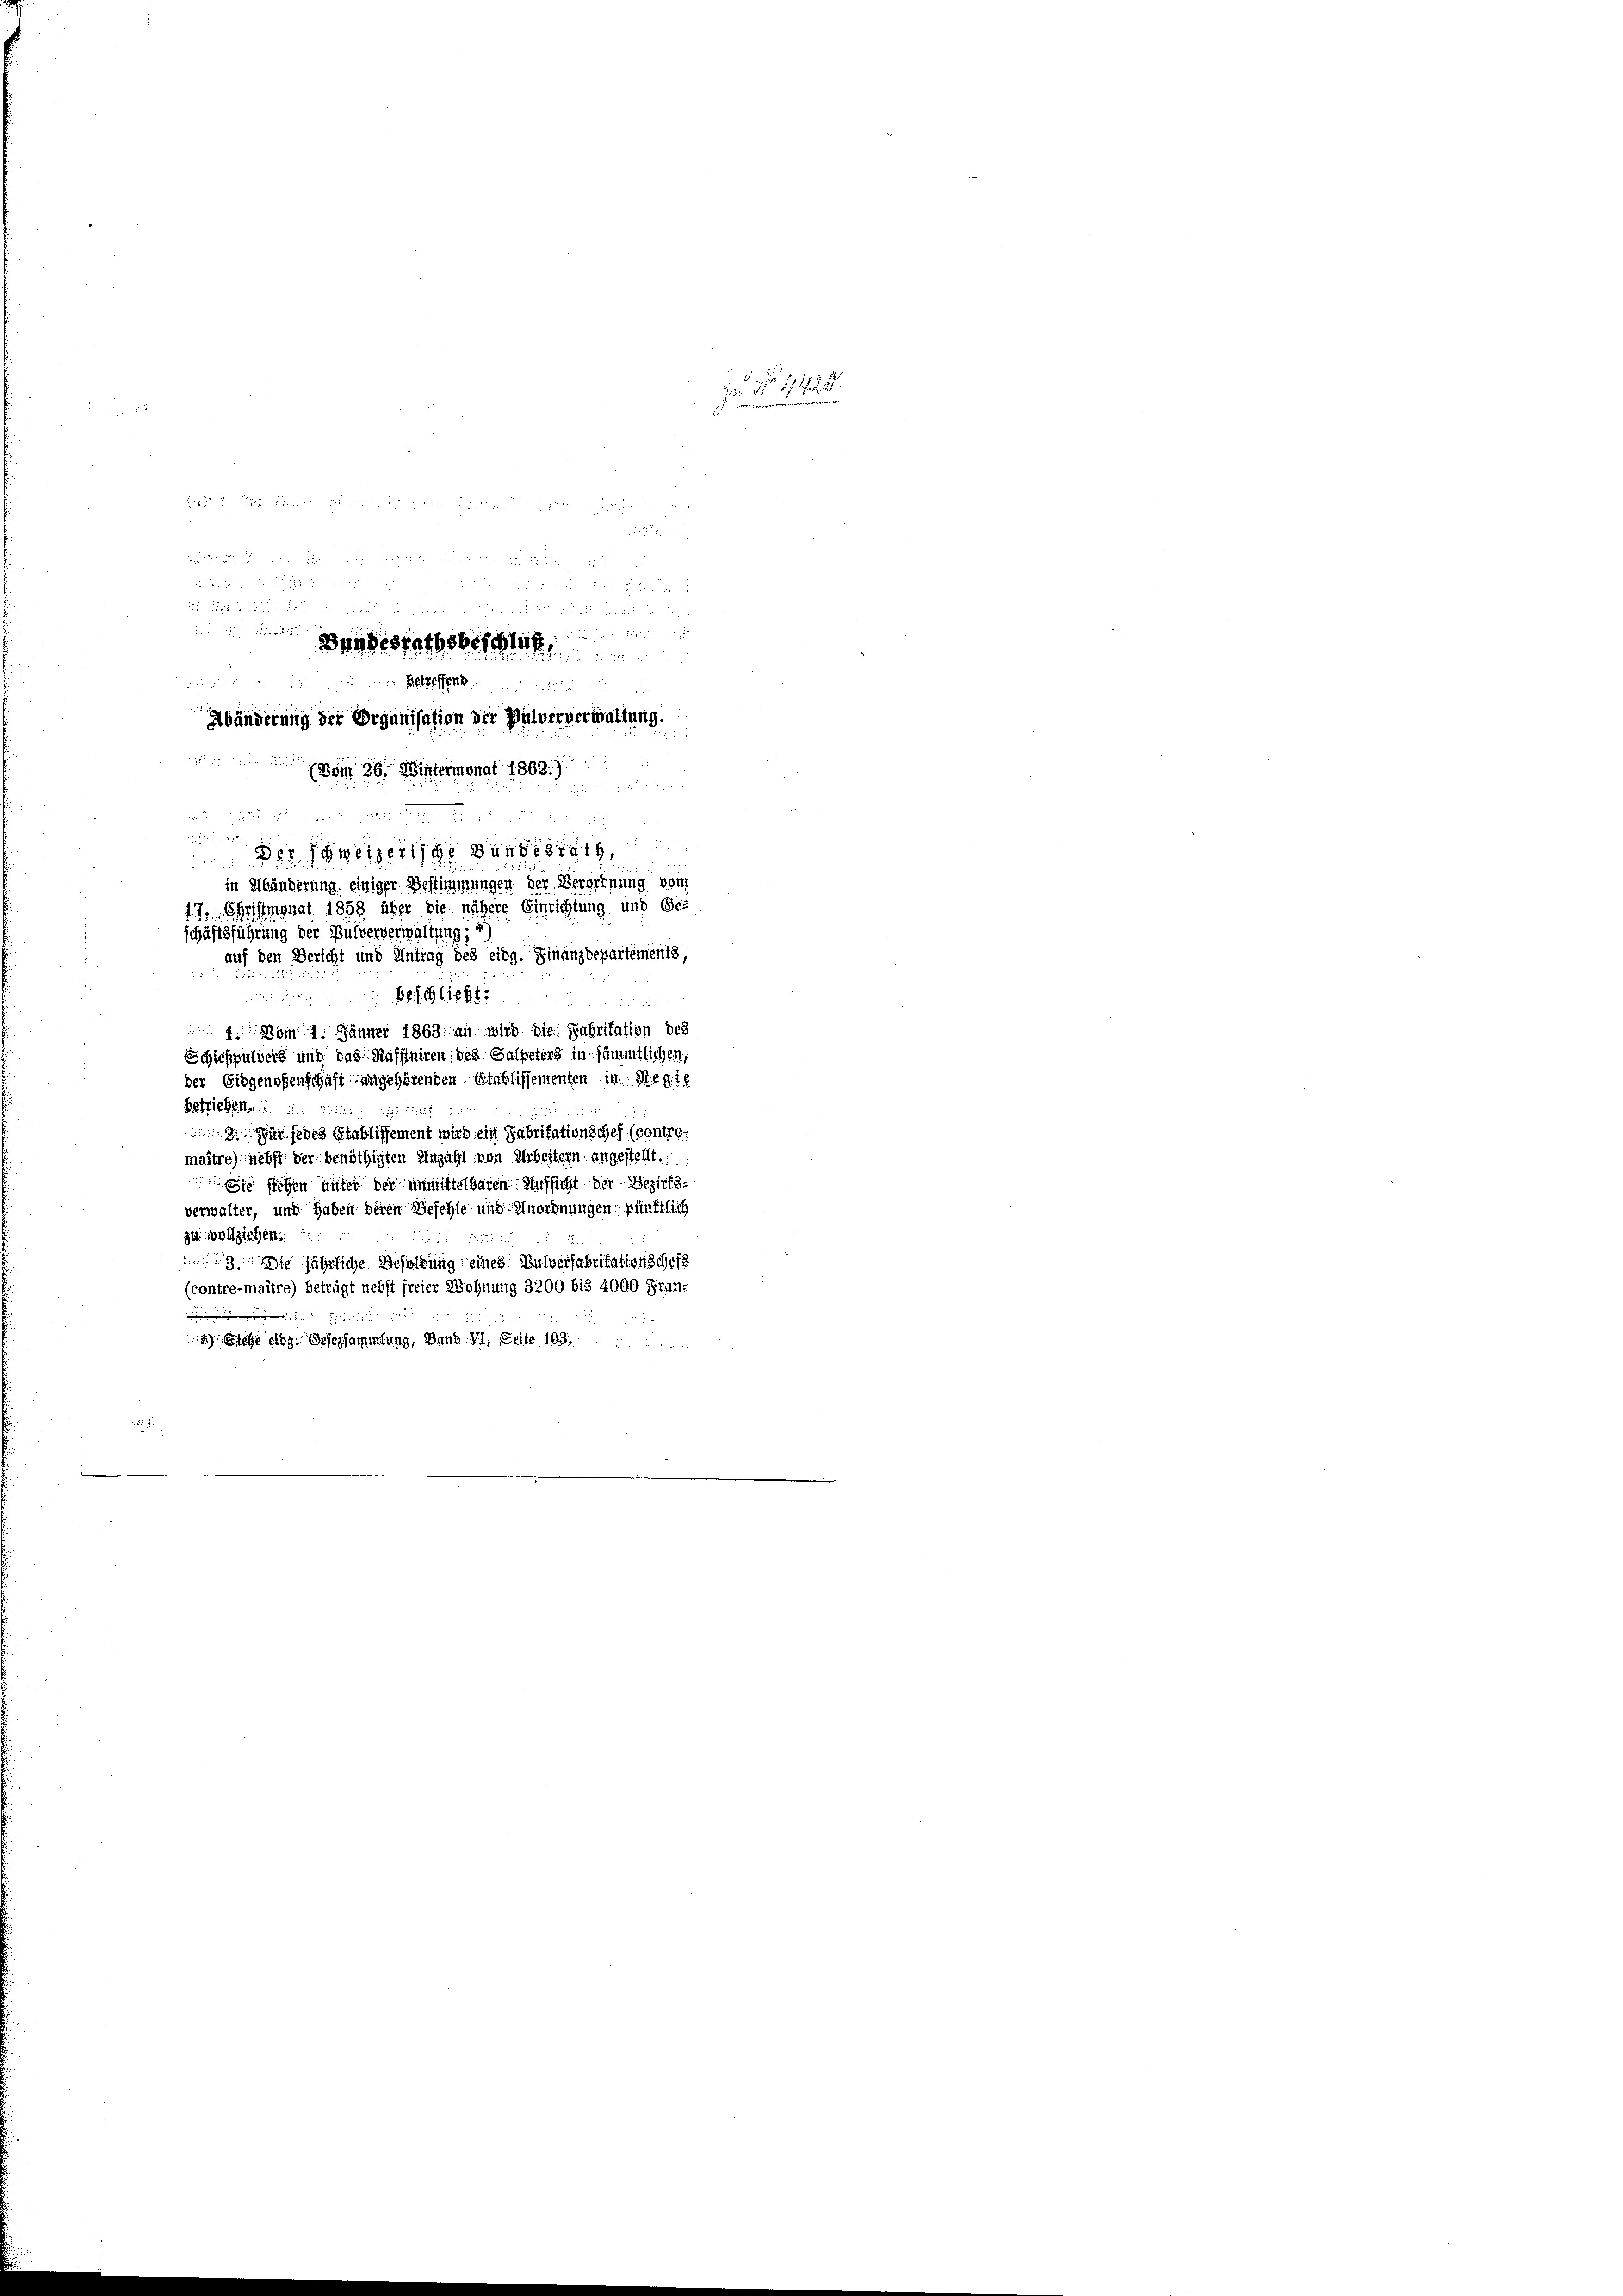
e
jedes Stablissement wird ein Fabritation schef (contre-
maître) nebst der benöthigten Anzahl von Arbeitern angestellt.
 Sie stehen unter der unmittelbaren Aufsicht der Bezirksverwalter, und haben deren Beschle und Anordnungen pünktlich
zu ziehen:
 jährliche Besoldung eines Pulverfabrikationschefs
(contre-maître) beträgt nebst freier Wohnung 3200 bis 4000. Fran-

1525

4) Siehe eidg. Gesersammlung, Band VI. Seite 193.

dus den Befunde sich
Bandesrathsbeschlaf
eitung der den mit und die
Abänderung der Organisation der Pulververwaltung.

(Vom 26. Wintermonat 1862. 7.

in Abänderung einiger Bestimmungen der Verordnung vom
17. Christmonat 1858 über die nähere Einrichtung und Geschäftsführung der Pulververwaltung,
auf den Bericht und Antrag des eidg. Finanzdepartements
n einen Peten er ein
1 vom 1. Jänner 1863 an wird die Fabritation des
Schleßpulvers und das Raffiniren des Galpeters in sämmtlichen,
der Eidgenssenschaft angehörenden Stablissementen in Regie
Betrieben. Sie bisheit

Der sowitzer unter

s

In No 1170.